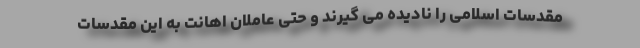
مقدسات اسلامی را نادیده می گیرند و حتی عاملان اهانت به این مقدسات